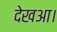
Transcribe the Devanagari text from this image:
देखआ।